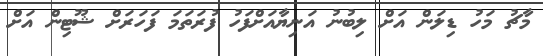
މާޗު މަހު ޑިލަން އަށް ލިބުނު އަނިޔާއަށްފަހު ފުރަތަމަ ފަހަރަށް ޝޫޓިން އަށް